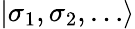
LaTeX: \left|{\sigma_{1},\sigma_{2},\dots}\right>